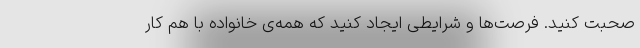
صحبت کنید. فرصت‌ها و شرایطی ایجاد کنید که همه‌ی خانواده با هم کار